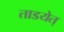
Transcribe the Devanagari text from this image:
ताडयेत्